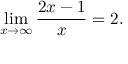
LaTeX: \operatorname* { l i m } _ { x \to \infty } { \frac { 2 x - 1 } { x } } = 2 .